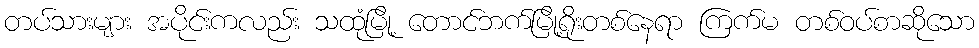
တပ်သားများ အပိုင်းကလည်း သထုံမြို့ တောင်ဘက်မြို့ရိုးတစ်နေရာ ကြက်မ တစ်ဝပ်စာဆိုသော